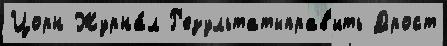
Цорн Журна́л Р'езультатыправ'ить Дрост